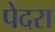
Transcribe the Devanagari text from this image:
पेदरा